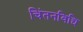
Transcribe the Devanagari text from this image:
चिंतनविधि